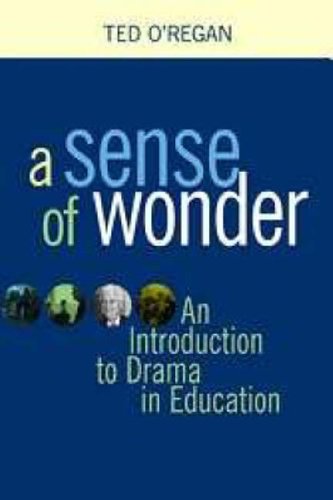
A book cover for A Sense of Wonder: A Short Introduction to Drama in Education; Ted O'Regan; Humor & Entertainment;